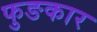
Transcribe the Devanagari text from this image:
फुङकार